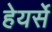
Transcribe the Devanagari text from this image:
हेयर्से